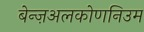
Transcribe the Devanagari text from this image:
बेन्ज़अलकोणनिउम